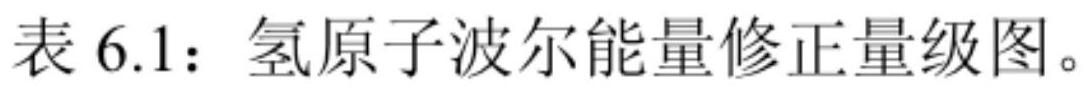
表 6.1：氢原子波尔能量修正量级图。